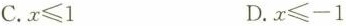
C.$$x\leqslant 1$$ D.$$x\leqslant -1$$